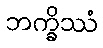
ဘက္ခိဿံ